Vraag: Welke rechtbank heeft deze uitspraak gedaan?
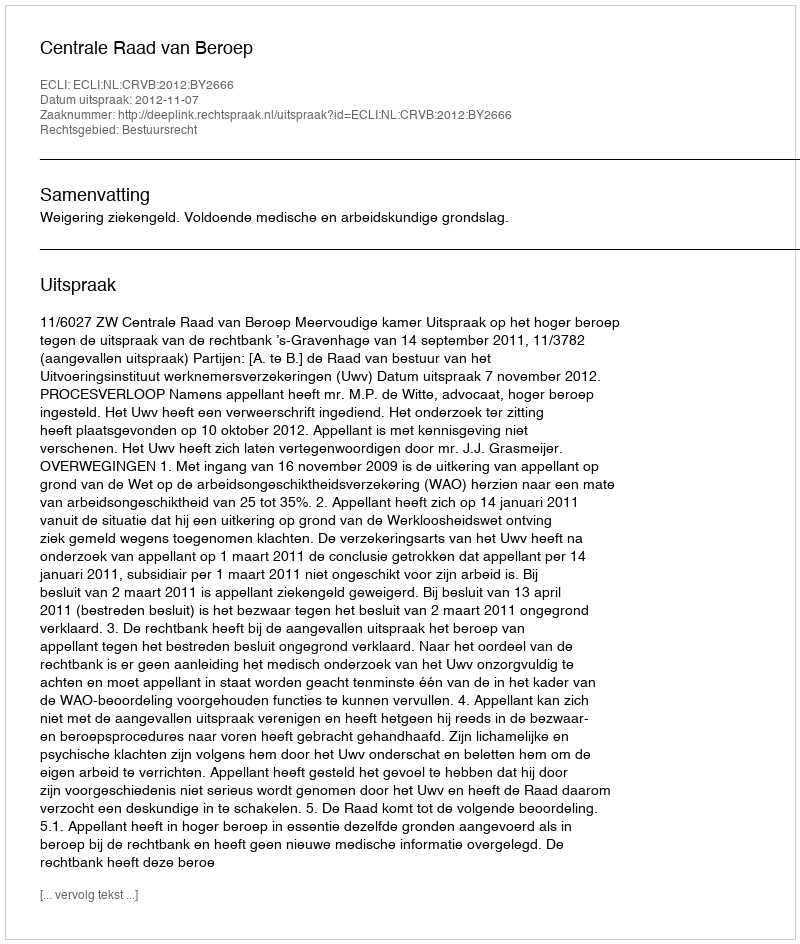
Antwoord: Centrale Raad van Beroep